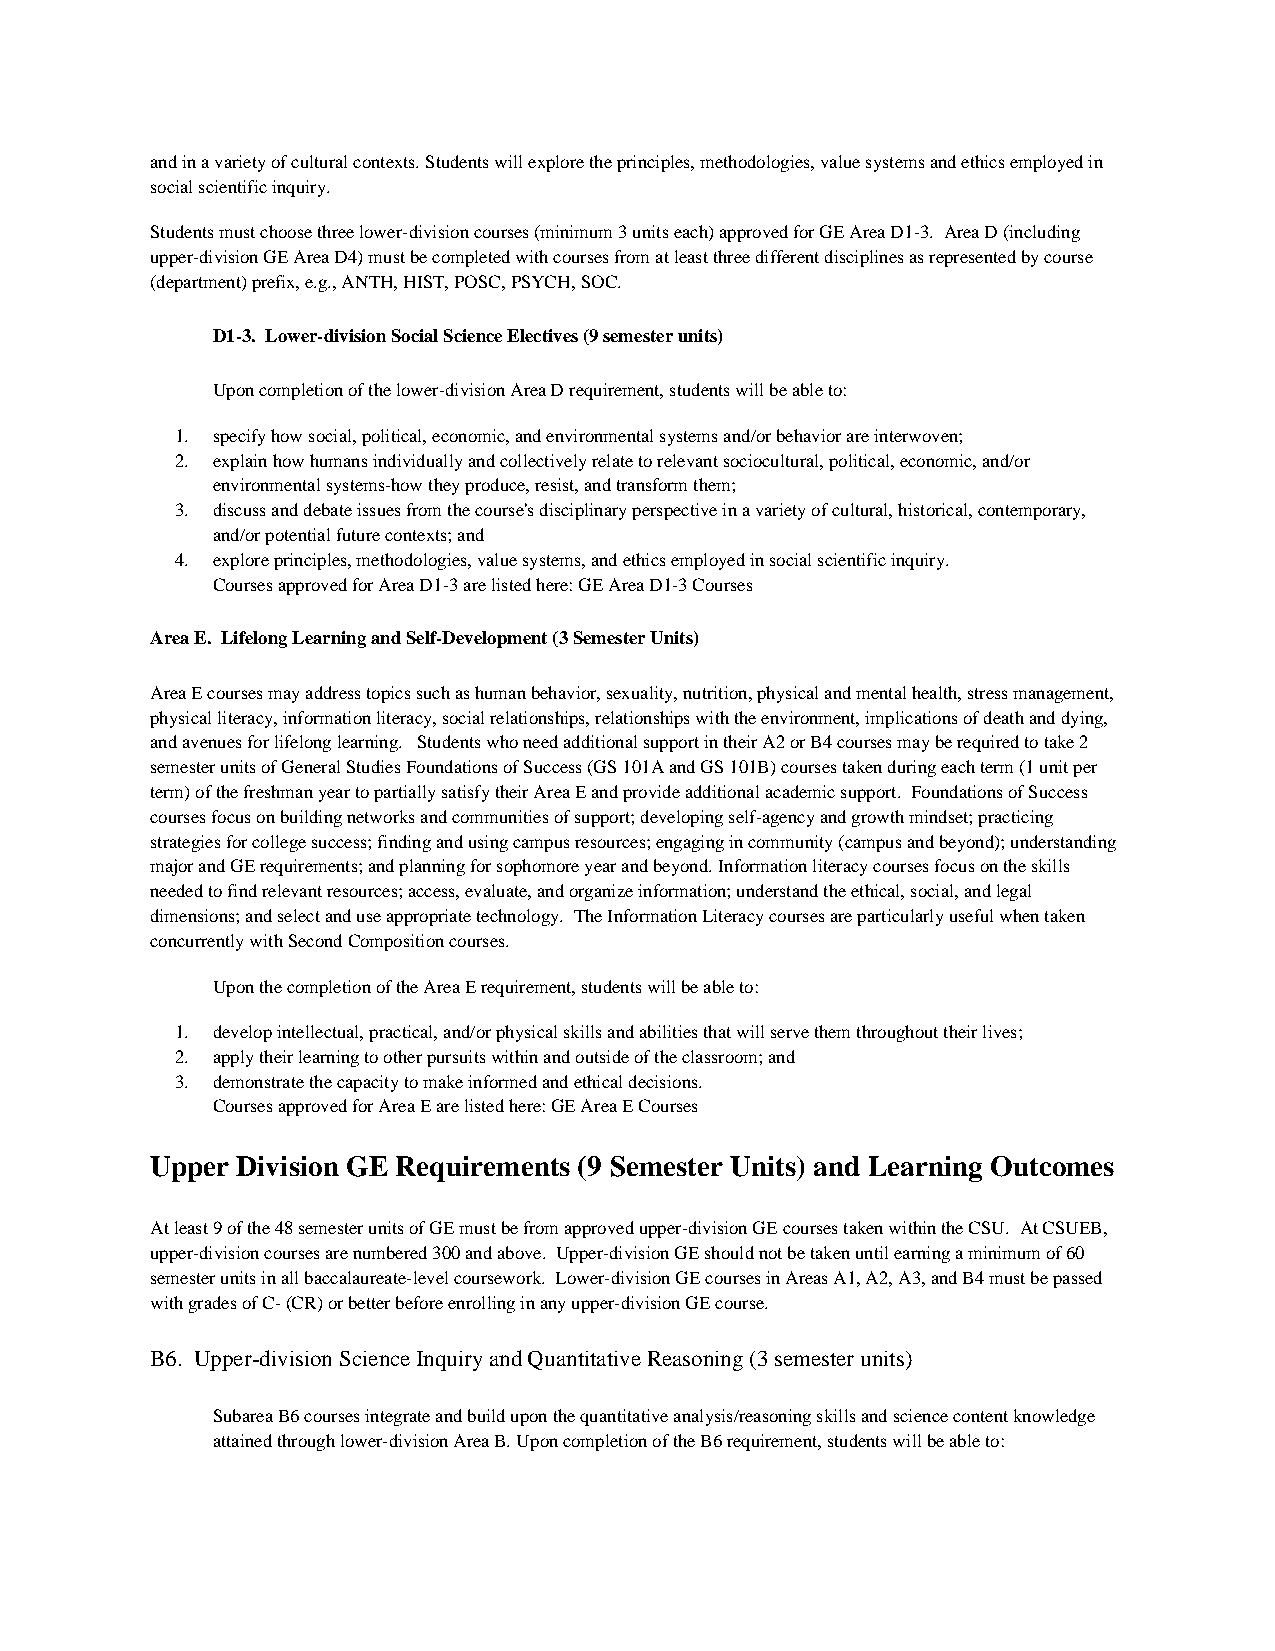
and in a variety of cultural contexts. Students will explore the principles, methodologies, value systems and ethics employed in
 social scientific inquiry.
 Students must choose three lower-division courses (minimum 3 units each) approved for GE Area D1-3. Area D (including
 upper-division GE Area D4) must be completed with courses from at least three different disciplines as represented by course
 (department) prefix, e.g., ANTH, HIST, POSC, PSYCH, SOC.
 D1-3. Lower-division Social Science Electives (9 semester units)
 Upon completion of the lower-division Area D requirement, students will be able to:
 1. specify how social, political, economic, and environmental systems and/or behavior are interwoven;
 2. explain how humans individually and collectively relate to relevant sociocultural, political, economic, and/or
 environmental systems-how they produce, resist, and transform them;
 3. discuss and debate issues from the course's disciplinary perspective in a variety of cultural, historical, contemporary,
 and/or potential future contexts; and
 4. explore principles, methodologies, value systems, and ethics employed in social scientific inquiry.
 Courses approved for Area D1-3 are listed here: GE Area D1-3 Courses
 Area E. Lifelong Learning and Self-Development (3 Semester Units)
 Area E courses may address topics such as human behavior, sexuality, nutrition, physical and mental health, stress management,
 physical literacy, information literacy, social relationships, relationships with the environment, implications of death and dying,
 and avenues for lifelong learning. Students who need additional support in their A2 or B4 courses may be required to take 2
 semester units of General Studies Foundations of Success (GS 101A and GS 101B) courses taken during each term (1 unit per
 term) of the freshman year to partially satisfy their Area E and provide additional academic support. Foundations of Success
 courses focus on building networks and communities of support; developing self-agency and growth mindset; practicing
 strategies for college success; finding and using campus resources; engaging in community (campus and beyond); understanding
 major and GE requirements; and planning for sophomore year and beyond. Information literacy courses focus on the skills
 needed to find relevant resources; access, evaluate, and organize information; understand the ethical, social, and legal
 dimensions; and select and use appropriate technology. The Information Literacy courses are particularly useful when taken
 concurrently with Second Composition courses.
 Upon the completion of the Area E requirement, students will be able to:
 1. develop intellectual, practical, and/or physical skills and abilities that will serve them throughout their lives;
 2. apply their learning to other pursuits within and outside of the classroom; and
 3. demonstrate the capacity to make informed and ethical decisions.
 Courses approved for Area E are listed here: GE Area E Courses
 Upper Division GE Requirements (9 Semester Units) and Learning Outcomes
 At least 9 of the 48 semester units of GE must be from approved upper-division GE courses taken within the CSU. At CSUEB,
 upper-division courses are numbered 300 and above. Upper-division GE should not be taken until earning a minimum of 60
 semester units in all baccalaureate-level coursework. Lower-division GE courses in Areas A1, A2, A3, and B4 must be passed
 with grades of C- (CR) or better before enrolling in any upper-division GE course.
 B6. Upper-division Science Inquiry and Quantitative Reasoning (3 semester units)
 Subarea B6 courses integrate and build upon the quantitative analysis/reasoning skills and science content knowledge
 attained through lower-division Area B. Upon completion of the B6 requirement, students will be able to: